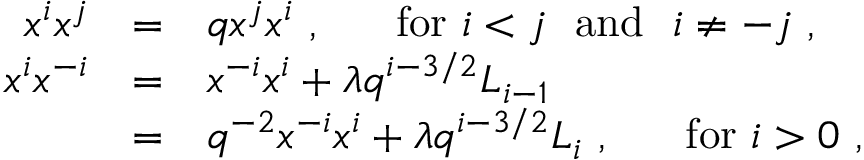
\begin{array} { r c l } { { x ^ { i } x ^ { j } } } & { { = } } & { { q x ^ { j } x ^ { i } ~ , ~ ~ ~ ~ ~ \mathrm { f o r } ~ i < j ~ ~ \mathrm { a n d } ~ ~ i \not = - j ~ , } } \\ { { x ^ { i } x ^ { - i } } } & { { = } } & { { x ^ { - i } x ^ { i } + \lambda q ^ { i - 3 / 2 } L _ { i - 1 } } } \\ { { } } & { { = } } & { { q ^ { - 2 } x ^ { - i } x ^ { i } + \lambda q ^ { i - 3 / 2 } L _ { i } ~ , ~ ~ ~ ~ ~ \mathrm { f o r } ~ i > 0 ~ , } } \end{array}